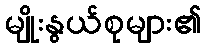
မျိုးနွယ်စုများ၏